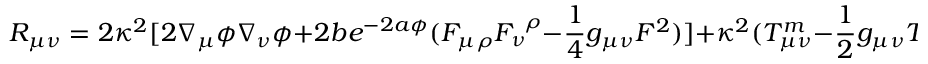
R _ { \mu \nu } = 2 \kappa ^ { 2 } \lbrack 2 \nabla _ { \mu } \phi \nabla _ { \nu } \phi + 2 b e ^ { - 2 a \phi } ( F _ { \mu \rho } F _ { \nu } ^ { ~ \rho } - \frac { 1 } { 4 } g _ { \mu \nu } F ^ { 2 } ) \rbrack + \kappa ^ { 2 } ( T _ { \mu \nu } ^ { m } - \frac { 1 } { 2 } g _ { \mu \nu } T ^ { m } ) ~ ~ ,